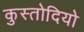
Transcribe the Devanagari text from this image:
कुस्तोदियो